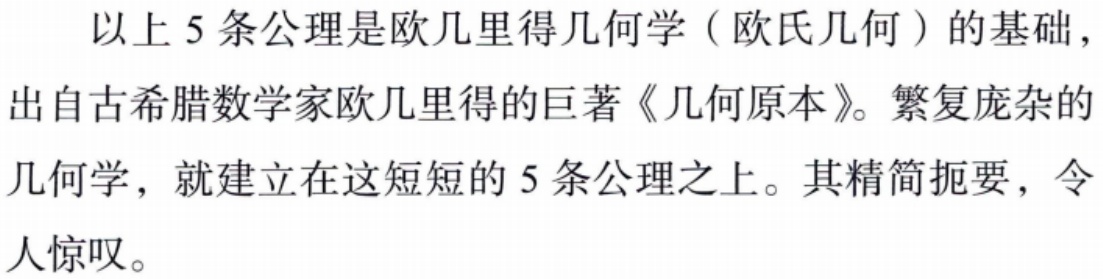
以上 5 条公理是欧几里得几何学（欧氏几何）的基础，出自古希腊数学家欧几里得的巨著《几何原本》。繁复庞杂的几何学，就建立在这短短的 5 条公理之上。其精简扼要，令人惊叹。